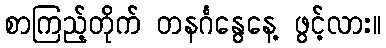
စာကြည့်တိုက် တနင်္ဂနွေနေ့ ဖွင့်လား။